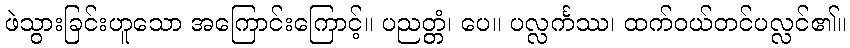
ဖဲသွားခြင်းဟူသော အကြောင်းကြောင့်။ ပညတ္တံ၊ ပေ။ ပလ္လင်္ကဿ၊ ထက်ဝယ်တင်ပလ္လင်၏။